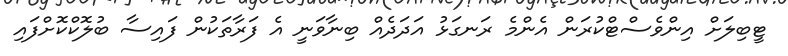
ޓީބިލަށް އިންވެސްޓްކުރަން އެންމެ ރަނގަޅު އަދަދެއް ބިނާވަނީ އެ ފަރާތަކުން ފައިސާ ބުލޮކްކޮށްފައި